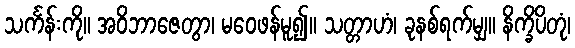
သင်္ကန်းကို။ အဝိဘာဇေတွာ၊ မဝေဖန်မူ၍။ သတ္တာဟံ၊ ခုနစ်ရက်မျှ။ နိက္ခိပိတုံ၊